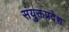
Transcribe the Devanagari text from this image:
संयुक्तप्रदेश